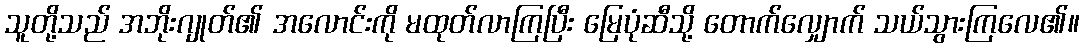
သူတို့သည် အဘိုးဂျုတ်၏ အလောင်းကို မထုတ်လာကြပြီး မြေပုံဆီသို့ တောက်လျှောက် သယ်သွားကြလေ၏။